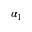
\alpha _ { 1 }